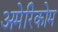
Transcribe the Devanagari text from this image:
अमेरिकोम